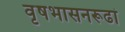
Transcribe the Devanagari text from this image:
वृषभासनरूढां